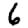
Digit: 6